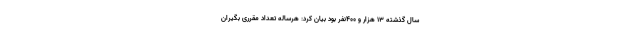
سال گذشته ۱۳ هزار و ۴۰۰نفر بود بیان کرد: هرساله تعداد مقرری بگیران